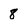
Character: 8